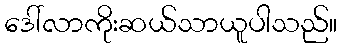
ဒေါ်လာကိုးဆယ်သာယူပါသည်။